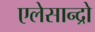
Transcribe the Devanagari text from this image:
एलेसान्द्रो